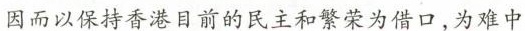
因而以保持香港目前的民主和繁荣为借口，为难中